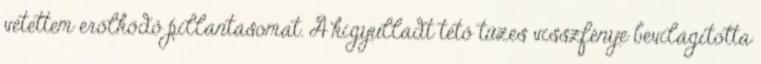
vetettem erőlködő pillantásomat. A kigyulladt tető tüzes visszfénye bevilágította